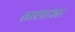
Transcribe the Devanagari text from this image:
तालाआ